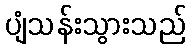
ပျံသန်းသွားသည်